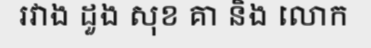
រវាង ដួង សុខ គា និង លោក